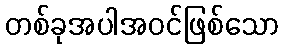
တစ်ခုအပါအဝင်ဖြစ်သော